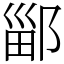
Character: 䣎